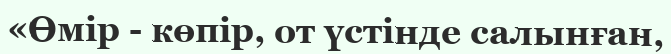
«Өмір - көпір, от үстінде салынған,